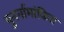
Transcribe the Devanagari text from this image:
पुनर्नामांकित